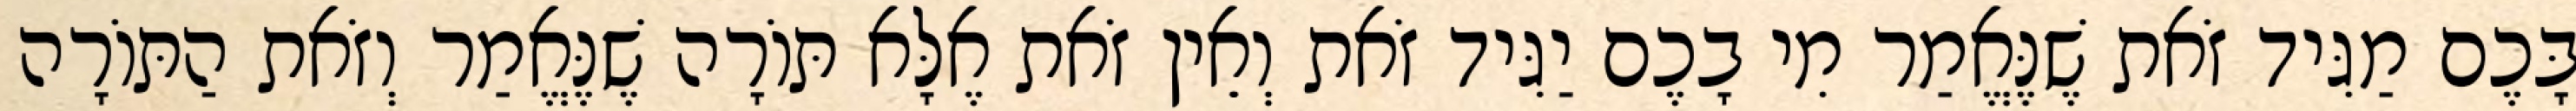
בָּכֶם מַגִּיד זֹאת שֶׁנֶּאֱמַר מִי בָכֶם יַגִּיד זֹאת וְאֵין זֹאת אֶלָּא תּוֹרָה שֶׁנֶּאֱמַר וְזֹאת הַתּוֹרָה